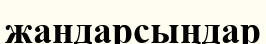
жандарсыңдар